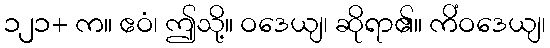
၁၂၁+ က။ ဧဝံ၊ ဤသို့။ ဝဒေယျ၊ ဆိုရာ၏။ ကိံဝဒေယျ၊